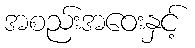
အစည်းအဝေးနှင့်